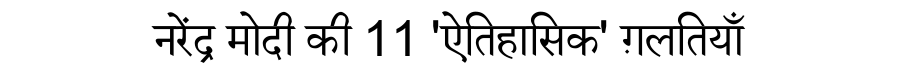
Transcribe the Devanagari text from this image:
नरेंद्र मोदी की 11 'ऐतिहासिक' ग़लतियाँ